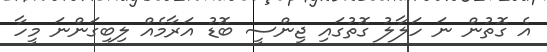
އެ ގޮތުން ނަ ހަލާލު ގޮތުގައި ޖިންސީ ބޮޑު އަރާމެއް ލިބިގަންނަ މީހާ